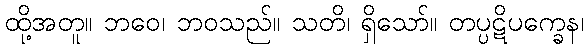
ထို့အတူ။ ဘဝေ၊ ဘဝသည်။ သတိ၊ ရှိသော်။ တပ္ပဋိပက္ခေန၊